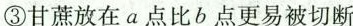
③甘蔗放在a点比b点更易被切断